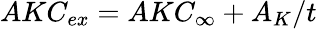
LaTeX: AKC_{ex}=AKC_{\infty}+A_{K}/t